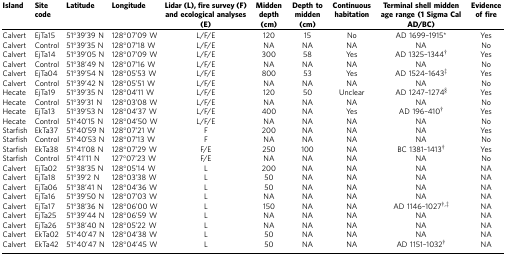
<table><thead><tr><td><b>Island</b></td><td><b>Site code</b></td><td><b>Latitude</b></td><td><b>Longitude</b></td><td><b>Lidar (L), fire survey (F) and ecological analyses (E)</b></td><td><b>Midden depth (cm)</b></td><td><b>Depth to midden (cm)</b></td><td><b>Continuous habitation</b></td><td><b>Terminal shell midden age range (1 Sigma Cal AD/BC)</b></td><td><b>Evidence of fire</b></td></tr></thead><tbody><tr><td>Calvert</td><td>EjTa15</td><td>51°39&#x27;39 N</td><td>128°07&#x27;09 W</td><td>L/F/E</td><td>120</td><td>15</td><td>No</td><td>AD 1699–1915*</td><td>Yes</td></tr><tr><td>Calvert</td><td>Control</td><td>51°39&#x27;35 N</td><td>128°07&#x27;18 W</td><td>L/F/E</td><td>NA</td><td>NA</td><td>NA</td><td>NA</td><td>No</td></tr><tr><td>Calvert</td><td>EjTa14</td><td>51°39&#x27;05 N</td><td>128°07&#x27;09 W</td><td>L/F/E</td><td>300</td><td>58</td><td>Yes</td><td>AD 1325–1344†</td><td>Yes</td></tr><tr><td>Calvert</td><td>Control</td><td>51°38&#x27;49 N</td><td>128°07&#x27;16 W</td><td>L/F/E</td><td>NA</td><td>NA</td><td>NA</td><td>NA</td><td>No</td></tr><tr><td>Calvert</td><td>EjTa04</td><td>51°39&#x27;54 N</td><td>128°05&#x27;53 W</td><td>L/F/E</td><td>800</td><td>53</td><td>Yes</td><td>AD 1524–1643‡</td><td>Yes</td></tr><tr><td>Calvert</td><td>Control</td><td>51°39&#x27;42 N</td><td>128°05&#x27;51 W</td><td>L/F/E</td><td>NA</td><td>NA</td><td>NA</td><td>NA</td><td>No</td></tr><tr><td>Hecate</td><td>EjTa19</td><td>51°39&#x27;35 N</td><td>128°04&#x27;11 W</td><td>L/F/E</td><td>120</td><td>50</td><td>Unclear</td><td>AD 1247–1274§</td><td>Yes</td></tr><tr><td>Hecate</td><td>Control</td><td>51°39&#x27;31 N</td><td>128°03&#x27;08 W</td><td>L/F/E</td><td>NA</td><td>NA</td><td>NA</td><td>NA</td><td>No</td></tr><tr><td>Hecate</td><td>EjTa13</td><td>51°39&#x27;53 N</td><td>128°04&#x27;37 W</td><td>L/F/E</td><td>400</td><td>NA</td><td>Yes</td><td>AD 196–410†</td><td>Yes</td></tr><tr><td>Hecate</td><td>Control</td><td>51°40&#x27;15 N</td><td>128°04&#x27;50 W</td><td>L/F/E</td><td>NA</td><td>NA</td><td>NA</td><td>NA</td><td>No</td></tr><tr><td>Starfish</td><td>EkTa37</td><td>51°40&#x27;59 N</td><td>128°07&#x27;21 W</td><td>F</td><td>200</td><td>NA</td><td>NA</td><td>NA</td><td>Yes</td></tr><tr><td>Starfish</td><td>Control</td><td>51°40&#x27;53 N</td><td>128°07&#x27;13 W</td><td>F</td><td>NA</td><td>NA</td><td>NA</td><td>NA</td><td>No</td></tr><tr><td>Starfish</td><td>EkTa38</td><td>51°41&#x27;08 N</td><td>128°07&#x27;29 W</td><td>F/E</td><td>250</td><td>100</td><td>NA</td><td>BC 1381–1413†</td><td>Yes</td></tr><tr><td>Starfish</td><td>Control</td><td>51°41&#x27;11 N</td><td>127°07&#x27;23 W</td><td>F/E</td><td>NA</td><td>NA</td><td>NA</td><td>NA</td><td>No</td></tr><tr><td>Calvert</td><td>EjTa02</td><td>51°38&#x27;35 N</td><td>128°05&#x27;14 W</td><td>L</td><td>200</td><td>NA</td><td>NA</td><td>NA</td><td>NA</td></tr><tr><td>Calvert</td><td>EjTa18</td><td>51°39&#x27;2 N</td><td>128°03&#x27;38 W</td><td>L</td><td>50</td><td>NA</td><td>NA</td><td>NA</td><td>NA</td></tr><tr><td>Calvert</td><td>EjTa06</td><td>51°38&#x27;41 N</td><td>128°04&#x27;36 W</td><td>L</td><td>50</td><td>NA</td><td>NA</td><td>NA</td><td>NA</td></tr><tr><td>Calvert</td><td>EjTa16</td><td>51°39&#x27;50 N</td><td>128°07&#x27;03 W</td><td>L</td><td>NA</td><td>NA</td><td>NA</td><td>NA</td><td>NA</td></tr><tr><td>Calvert</td><td>EjTa17</td><td>51°38&#x27;36 N</td><td>128°06&#x27;00 W</td><td>L</td><td>150</td><td>NA</td><td>NA</td><td>AD 1146–1027†‡</td><td>NA</td></tr><tr><td>Calvert</td><td>EjTa25</td><td>51°39&#x27;44 N</td><td>128°06&#x27;59 W</td><td>L</td><td>NA</td><td>NA</td><td>NA</td><td>NA</td><td>NA</td></tr><tr><td>Calvert</td><td>EjTa26</td><td>51°38&#x27;40 N</td><td>128°05&#x27;22 W</td><td>L</td><td>NA</td><td>NA</td><td>NA</td><td>NA</td><td>NA</td></tr><tr><td>Calvert</td><td>EkTa02</td><td>51°40&#x27;47 N</td><td>128°04&#x27;38 W</td><td>L</td><td>50</td><td>NA</td><td>NA</td><td>NA</td><td>NA</td></tr><tr><td>Calvert</td><td>EkTa42</td><td>51°40&#x27;47 N</td><td>128°04&#x27;45 W</td><td>L</td><td>50</td><td>NA</td><td>NA</td><td>AD 1151–1032†</td><td>NA</td></tr></tbody></table>